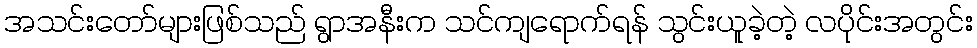
အသင်းတော်များဖြစ်သည် ရွာအနီးက သင်ကျရောက်ရန် သွင်းယူခဲ့တဲ့ လပိုင်းအတွင်း